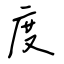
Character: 度